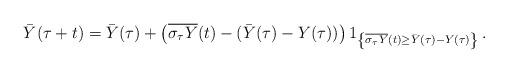
LaTeX: \begin{align*}\bar{Y}(\tau+t)=\bar{Y}(\tau)+\left(\overline{\sigma_\tau Y}(t)-(\bar{Y}(\tau)-Y(\tau))\right)1_{\left\{\overline{\sigma_\tau Y}(t)\ge\bar{Y}(\tau)-Y(\tau)\right\}}\,.\end{align*}